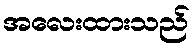
အလေးထားသည်